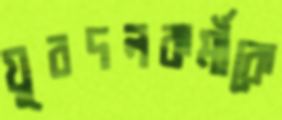
যুবদলকর্মীকে